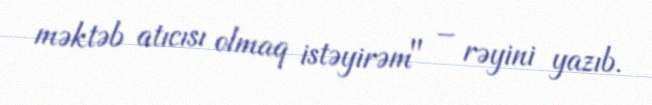
məktəb atıcısı olmaq istəyirəm" – rəyini yazıb.